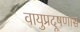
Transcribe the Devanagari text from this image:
वायुप्रदूषणास